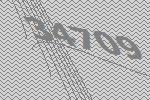
34709